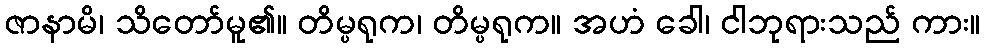
ဇာနာမိ၊ သိတော်မူ၏။ တိမ္ပရုက၊ တိမ္ပရုက။ အဟံ ခေါ၊ ငါဘုရားသည် ကား။